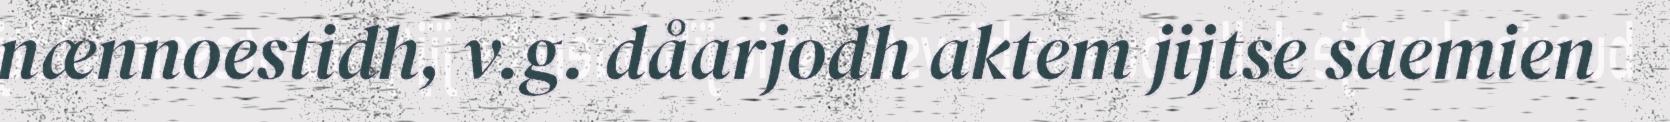
nænnoestidh, v.g. dåarjodh aktem jijtse saemien